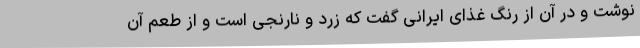
نوشت و در آن از رنگ غذای ایرانی گفت که زرد و نارنجی است و از طعم آن